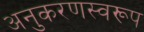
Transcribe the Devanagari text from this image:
अनुकरणस्वरूप